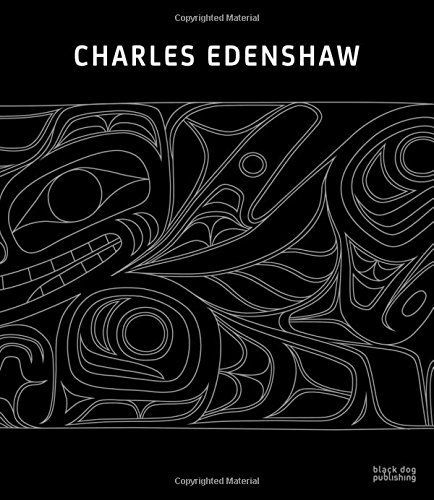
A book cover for Charles Edenshaw; Arts & Photography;